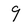
Character: 9